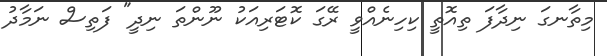
މިތާނގަ ނިދާފަ ތިއޮތީ ކިހިނެއްވީ ރޭގަ ކޮޓަރިއަކު ނޫންތަ ނިދީ" ފަތިސް ނަމާދު